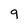
Character: 9